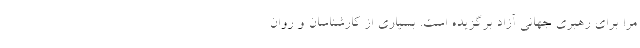
مرا برای رهبری جهانی آزاد برگزیده است. بسیاری از کارشناسان و روان